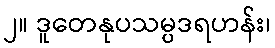
၂။ ဒူတေနုပသမ္ပဒရဟန်း၊